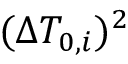
( \Delta T _ { 0 , i } ) ^ { 2 }